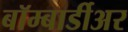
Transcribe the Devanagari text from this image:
बॉम्बार्डीअर